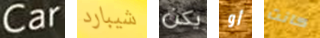
Car شيبارد يكن أو كانت